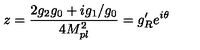
z = \frac { 2 g _ { 2 } g _ { 0 } + i g _ { 1 } / g _ { 0 } } { 4 M _ { p l } ^ { 2 } } = g _ { R } ^ { \prime } e ^ { i \theta }